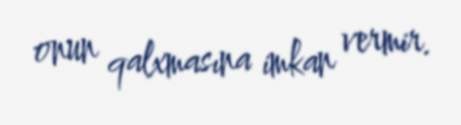
onun qalxmasına imkan vermir.